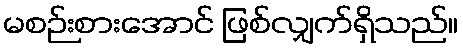
မစဉ်းစားအောင် ဖြစ်လျှက်ရှိသည်။